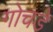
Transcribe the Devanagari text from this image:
गोचडे